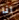
انا